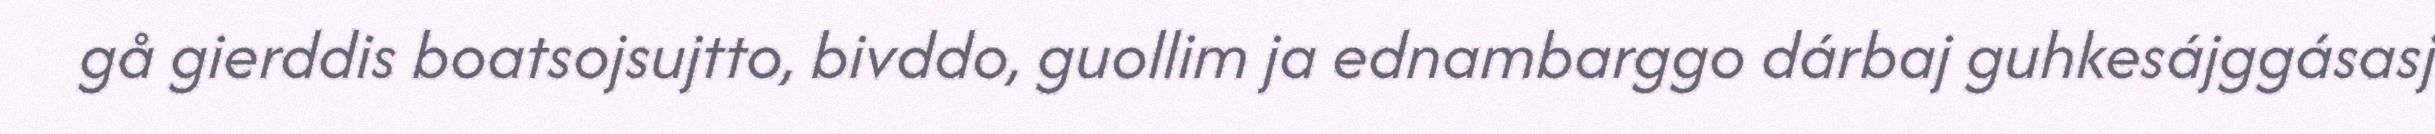
gå gierddis boatsojsujtto, bivddo, guollim ja ednambarggo dárbaj guhkesájggásasj